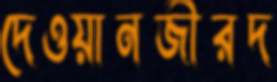
দেওয়ানজীরদ